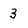
Character: 3